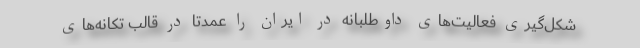
شکل‌گیری فعالیت‌های داوطلبانه در ایران را عمدتا در قالب تکانه‌های